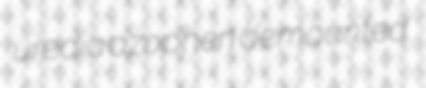
uredia azophen demounted